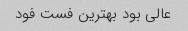
عالی بود بهترین فست فود